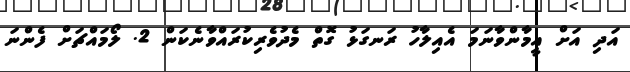
އަދި އަށް އީމާންވާނަމަ އެއިލާހު ރަނގަޅު ގޮތް މެދުވެރިކުރައްވާނެކަން 2. ލޯމައްޗަށް ފެންނަ